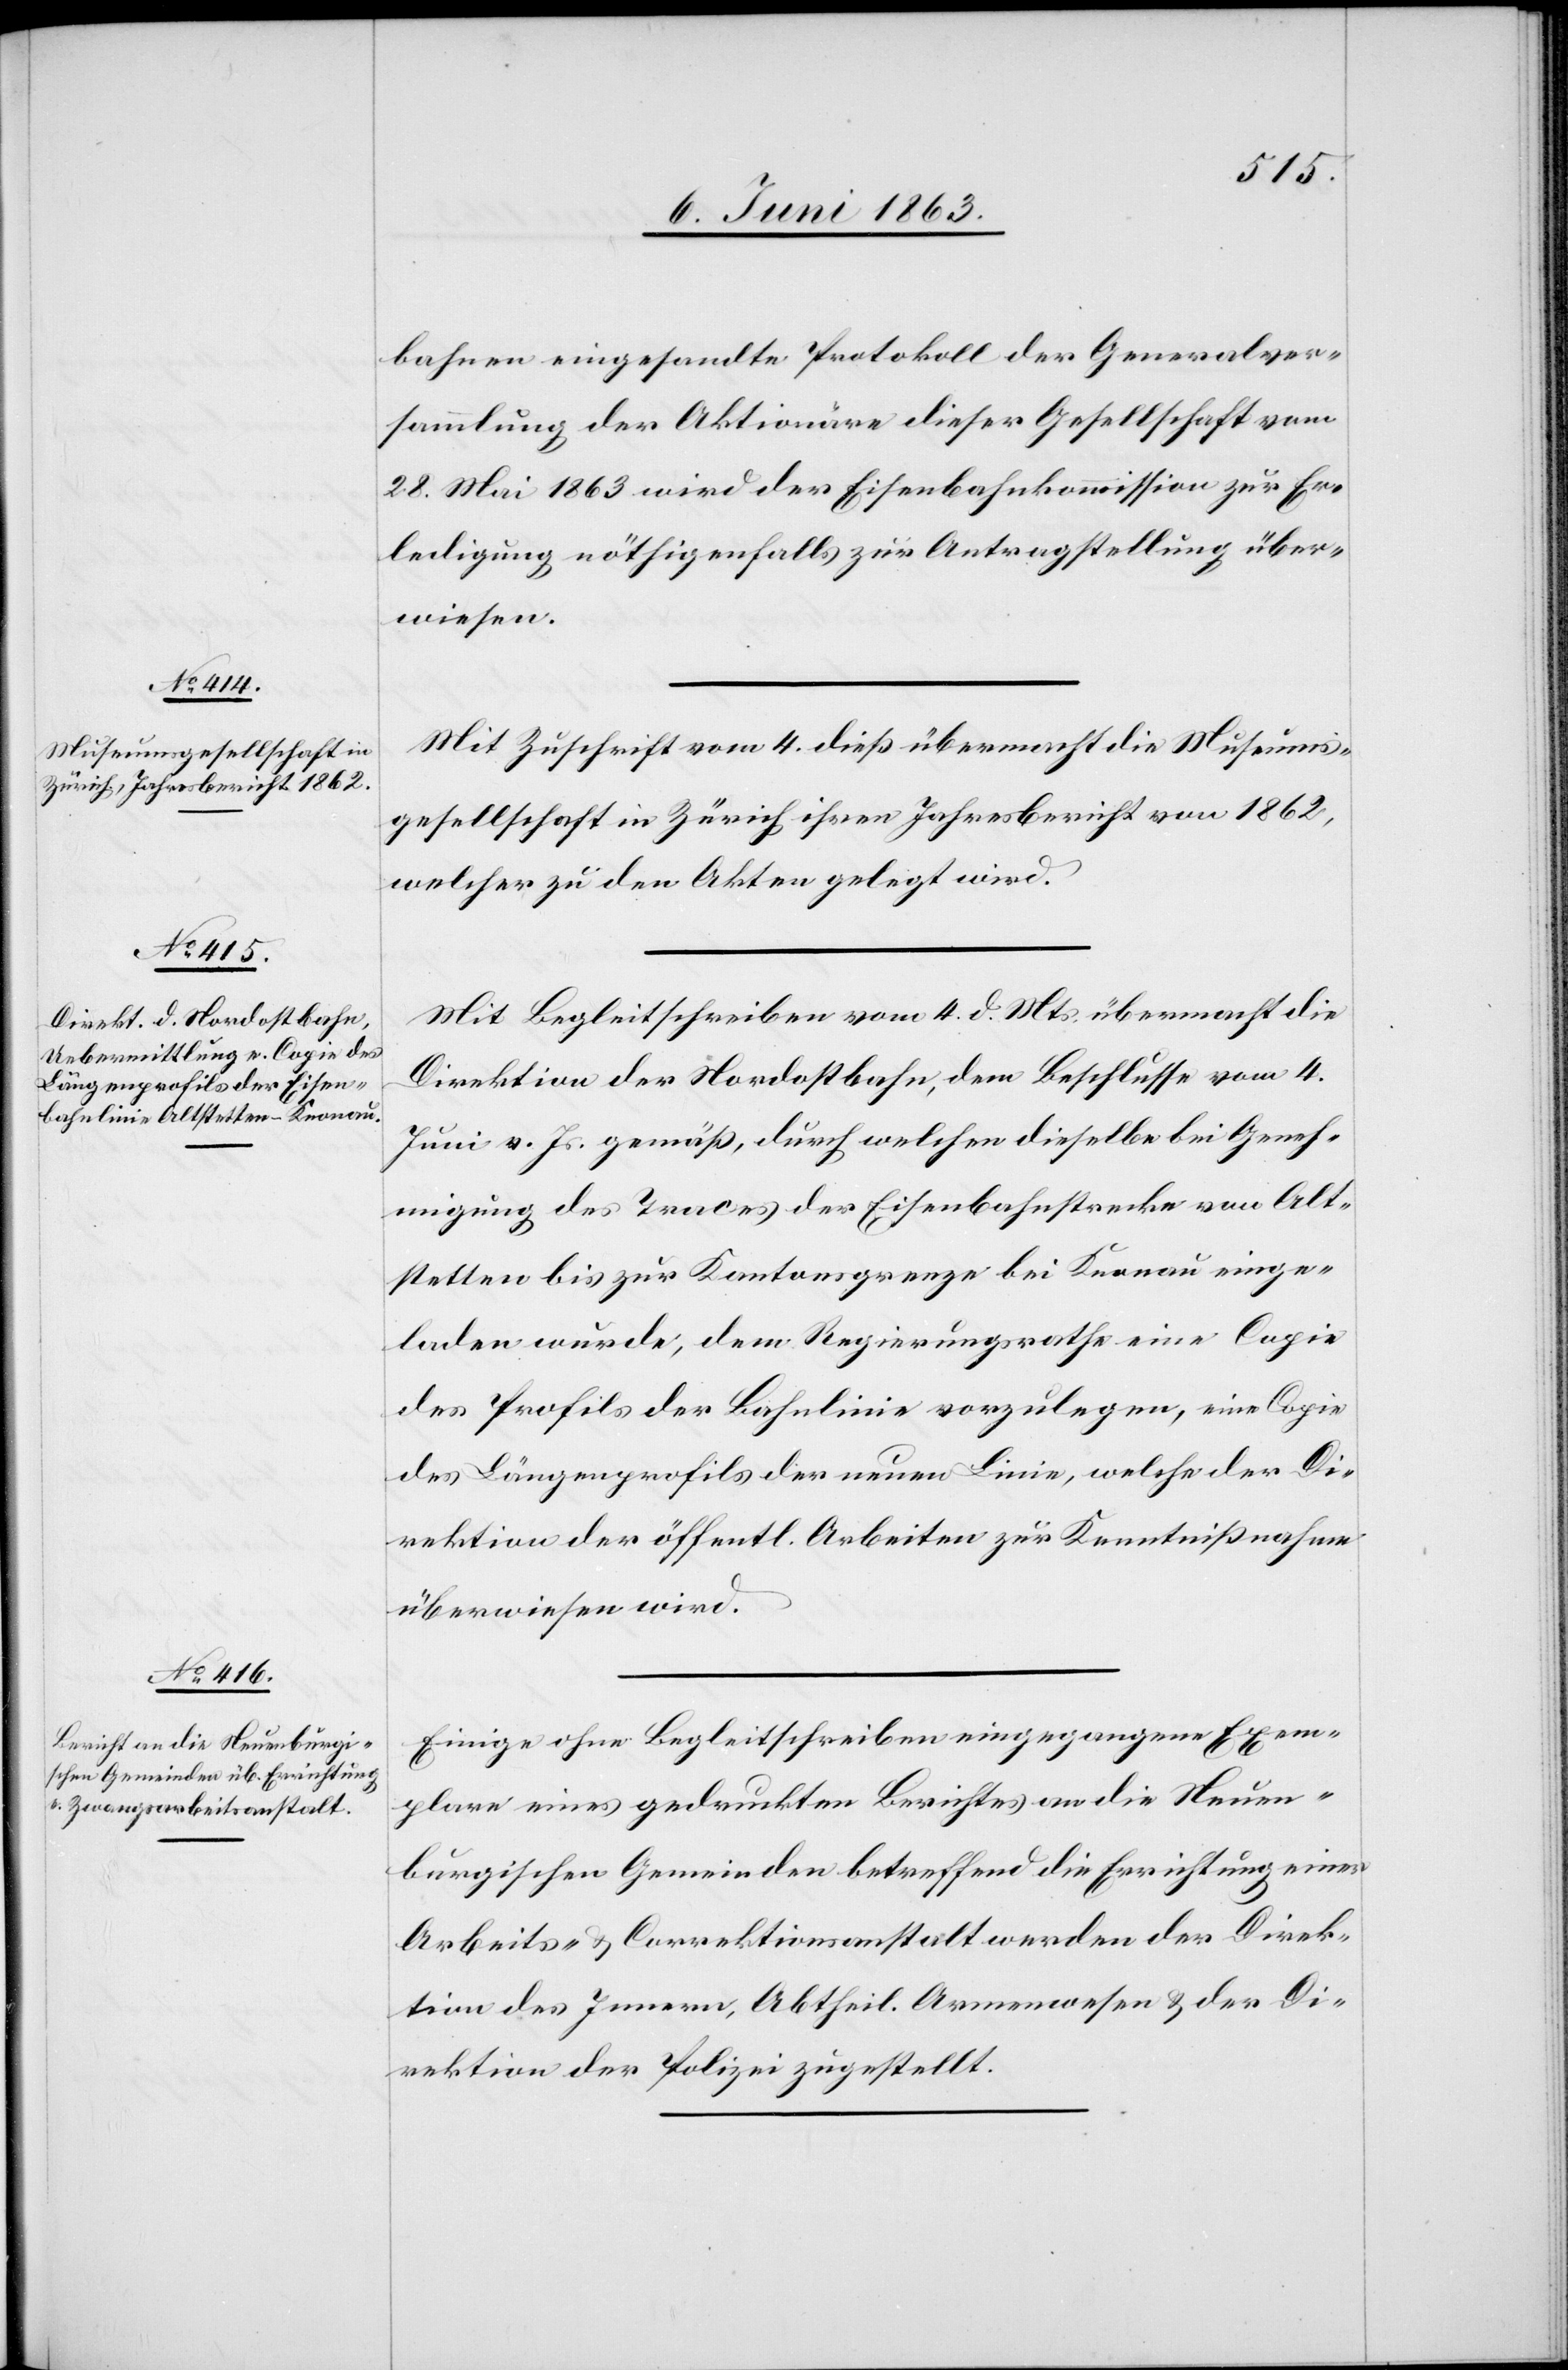
bahnen eingesandte Protokoll der Generalver¬
sammlung der Aktionäre dieser Gesellschaft vom
28. Mai 1863 wird der Eisenbahnkommission zur Er¬
ledigung nöthigenfalls zur Antragstellung über¬
wiesen.
Mit Zuschrift vom 4. dieß übermacht die Museums¬
gesellschaft in Zürich ihren Jahresbericht von 1862,
welcher zu den Akten gelegt wird.
Mit Begleitschreiben vom 4. d. Mts. übermacht die
Direktion der Nordostbahn, dem Beschlusse vom 4.
Juni v. Js. gemäß, durch welchen dieselbe bei Geneh¬
migung des Traces der Eisenbahnstrecke von Alt¬
stetten bis zur Kantonsgrenze bei Knonau einge¬
laden wurde, dem Regierungsrathe eine Copie
des Profils der Bahnlinie vorzulegen, eine Copie
des Längenprofils der neuen Linie, welche der Di¬
rektion der öffentl. Arbeiten zur Kenntnißnahme
überwiesen wird.
Einige ohne Begleitschreiben eingegangene Exem¬
plare eines gedruckten Berichtes an die Neuen¬
burgischen Gemeinden betreffend die Errichtung einer
Arbeits- & Correktionsanstalt werden der Direk¬
tion des Innern, Abtheil. Armenwesen & der Di¬
rektion der Polizei zugestellt.